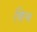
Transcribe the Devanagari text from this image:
किच